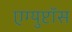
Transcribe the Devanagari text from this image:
एग्युप्टॉस